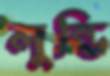
লুন্ডি